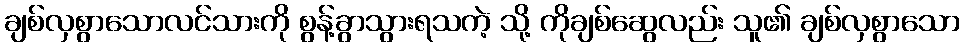
ချစ်လှစွာသောလင်သားကို စွန့်ခွာသွားရသကဲ့ သို့ ကိုချစ်ဆွေလည်း သူ၏ ချစ်လှစွာသော